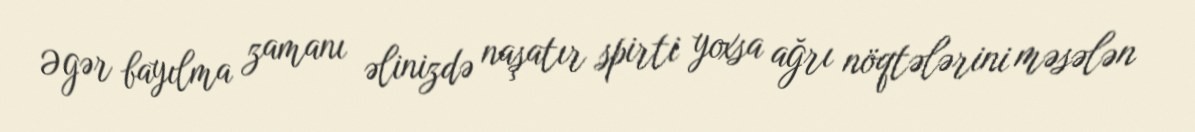
Əgər bayılma zamanı əlinizdə naşatır spirti yoxsa ağrı nöqtələrini məsələn